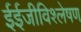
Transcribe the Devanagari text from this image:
ईईजीविश्लेषण